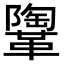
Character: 𩍂